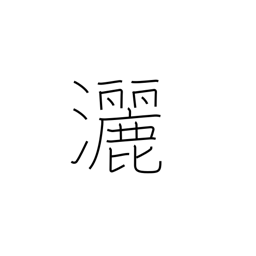
Meaning: free and easy